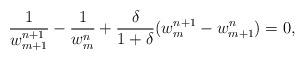
LaTeX: \begin{align*}\frac{1}{w_{m+1}^{n+1}}-\frac{1}{w_m^n}+\frac{\delta}{1+\delta}(w_m^{n+1}-w_{m+1}^n)=0, \end{align*}